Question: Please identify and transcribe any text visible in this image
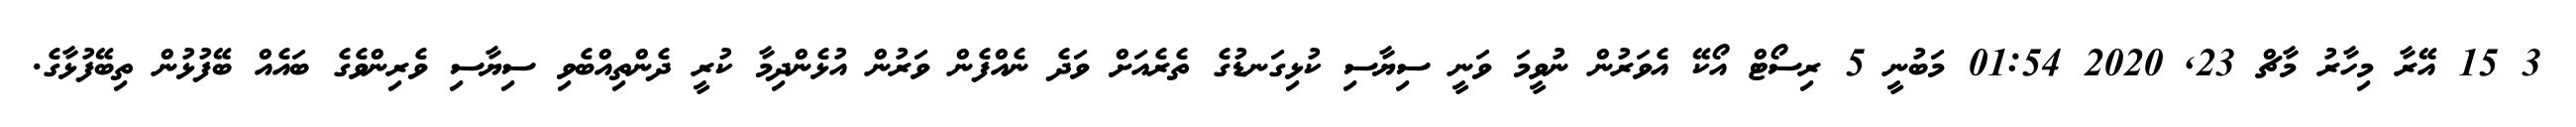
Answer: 3 15 އޭރާ މިހާރު މާޗް 23, 2020 01:54 މަބުނީ 5 ރިސޯޓް އޯކޭ އެވަރުން ނުވީމަ ވަނީ ސިޔާސި ކުޅިގަނޑުގެ ތެރެއަށް ވަދެ ނެއްފެން ވަރުން އުޅެންދިމާ ކުރީ ދެންތިއްބެވި ސިޔާސި ވެރިންވެގެ ބައެއް ބޭފުޅުން ތިބޭފުޅާގެ.